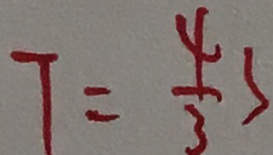
T = \frac { 4 } { 3 } s